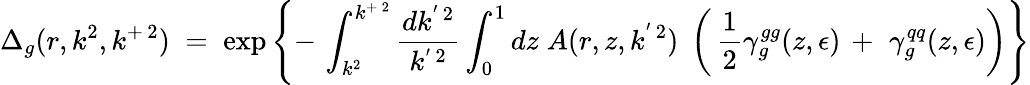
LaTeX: \Delta_{g}(r,k^{2},k^{+\, 2})\; =\; \exp\left\{ -\, \int_{k^{2}}^{k^{+\, 2}}\frac{dk^{'\, 2}}{k^{'\, 2}}\int_{0}^{1}dz\; A(r,z,k^{'\, 2})\; \left(\, \frac{1}{2}\gamma_{g}^{gg}(z,\epsilon)\, +\, \, \gamma_{g}^{qq}(z,\epsilon)\right)\right\}